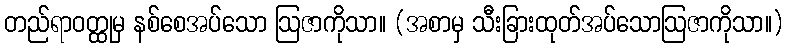
တည်ရာဝတ္ထုမှ နစ်စေအပ်သော ဩဇာကိုသာ။ (အစာမှ သီးခြားထုတ်အပ်သောဩဇာကိုသာ။)